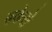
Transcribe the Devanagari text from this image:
बकेरो